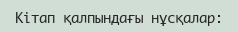
Кітап қалпындағы нұсқалар: